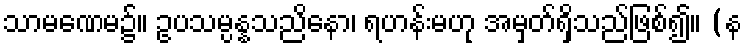
သာမဏေမ၌။ ဥပသမ္ပန္နသညိနော၊ ရဟန်းမဟု အမှတ်ရှိသည်ဖြစ်၍။ (န